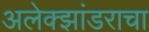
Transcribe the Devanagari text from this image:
अलेक्झांडराचा